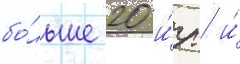
бо́льше 20 и́гр и́